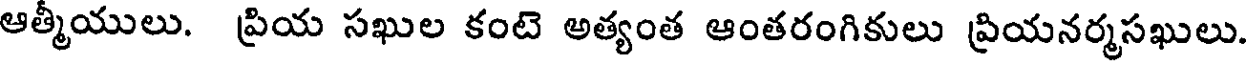
ఆత్మీయులు. ప్రియ సఖుల కంటె అత్యంత ఆంతరంగికులు ప్రియనర్మసఖులు.